Investigations on Bengal jail dietaries - Number 37
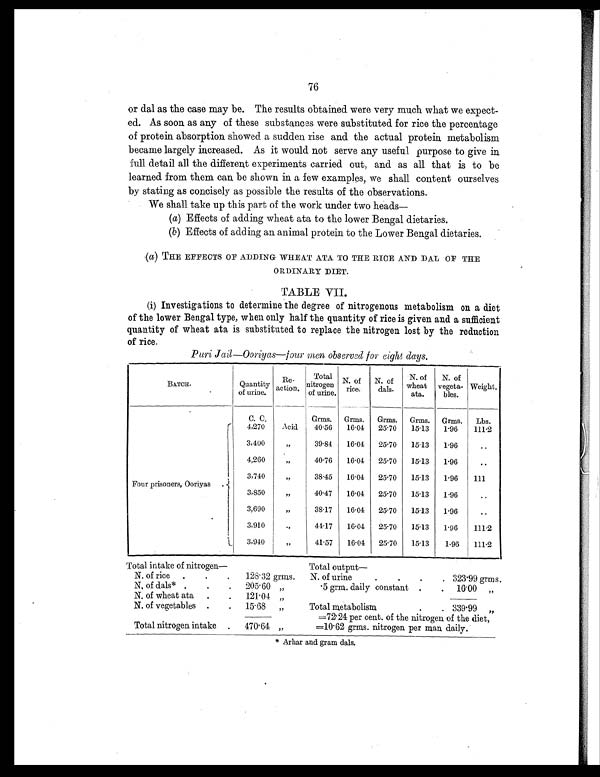
76
or dal as the case may be. The results obtained were very much what we expect-
ed. As soon as any of these substances were substituted for rice the percentage
of protein absorption showed a sudden rise and the actual protein metabolism
became largely increased. As it would not serve any useful purpose to give in
full detail all the different experiments carried out, and as all that is to be
learned from them can be shown in a few examples, we shall content ourselves
by stating as concisely as possible the results of the observations.
We shall take up this part of the work under two heads
—
(a) Effects of adding wheat ata to the lower Bengal dietaries.
(b) Effects of adding an animal protein to the Lower Bengal dietaries.
(a) THE EFFECTS OF ADDING WHEAT ATA TO THE RICE AND DAL OF THE
ORDINARY DIET.
TABLE VII.
(i) Investigations to determine the degree of nitrogenous metabolism on a diet
of the lower Bengal type, when only half the quantity of rice is given and a sufficient
quantity of wheat ata is substituted to replace the nitrogen lost by the reduction
of rice.
Puri Jail—Ooriyas—four men observed for eight days.
BATCH.
Quantity
of urine.
Re-
action.
Total
nitrogen
of urine.
N. of
rice.
N. of
dals.
N. of
wheat
ata.
N. of
vegeta-
bles.
Weight.
C. C.
Grms.
Grms.
Grms.
Grms.
Grms.
Lbs.
Four prisoners, Ooriyas .
4,270
Acid
40.56
16 . 04
25.70
15 . 13
1.96
111.2
3,400
„
39.84
16 . 04
25. 70
15 . 13
1 . 96
..
4,260
„
40. 76
16 . 04
25 . 70
15. 13
1 . 96
. .
3,740
„
38 .45
16 . 04
25. 70
15. 13
1 . 96
111
3,850
„
40.47
16. 04
25. 70
15 . 13
1 . 96
..
3,690
„
38.17
16. 04
25. 70
15.13
1 . 96
..
3,910
„
44.17
16 . 04
25. 70
15. 13
1.96
111.2
3,940 „
41.57
16. 04
25. 70
15 . 13
1.96
111.2
Total intake of nitrogen—
Total output
—
N. of rice
.
.
.
128.32 grms.
N. of urine
.
.
.
. 323.99 grms.
N. of dals* .
.
.
205.60 „
.5 grm. daily constant .
.
16.00 „
N. of wheat ata
.
.
121.04 „
N. of vegetables .
.
15.68 „
Total metabolism
.
. 339.99 „
=72.24 per cent. of the nitrogen of the diet,
Total nitrogen intake
.
470.64 „
=10.62 grins. nitrogen per man daily.
* Arhar and gram dals.